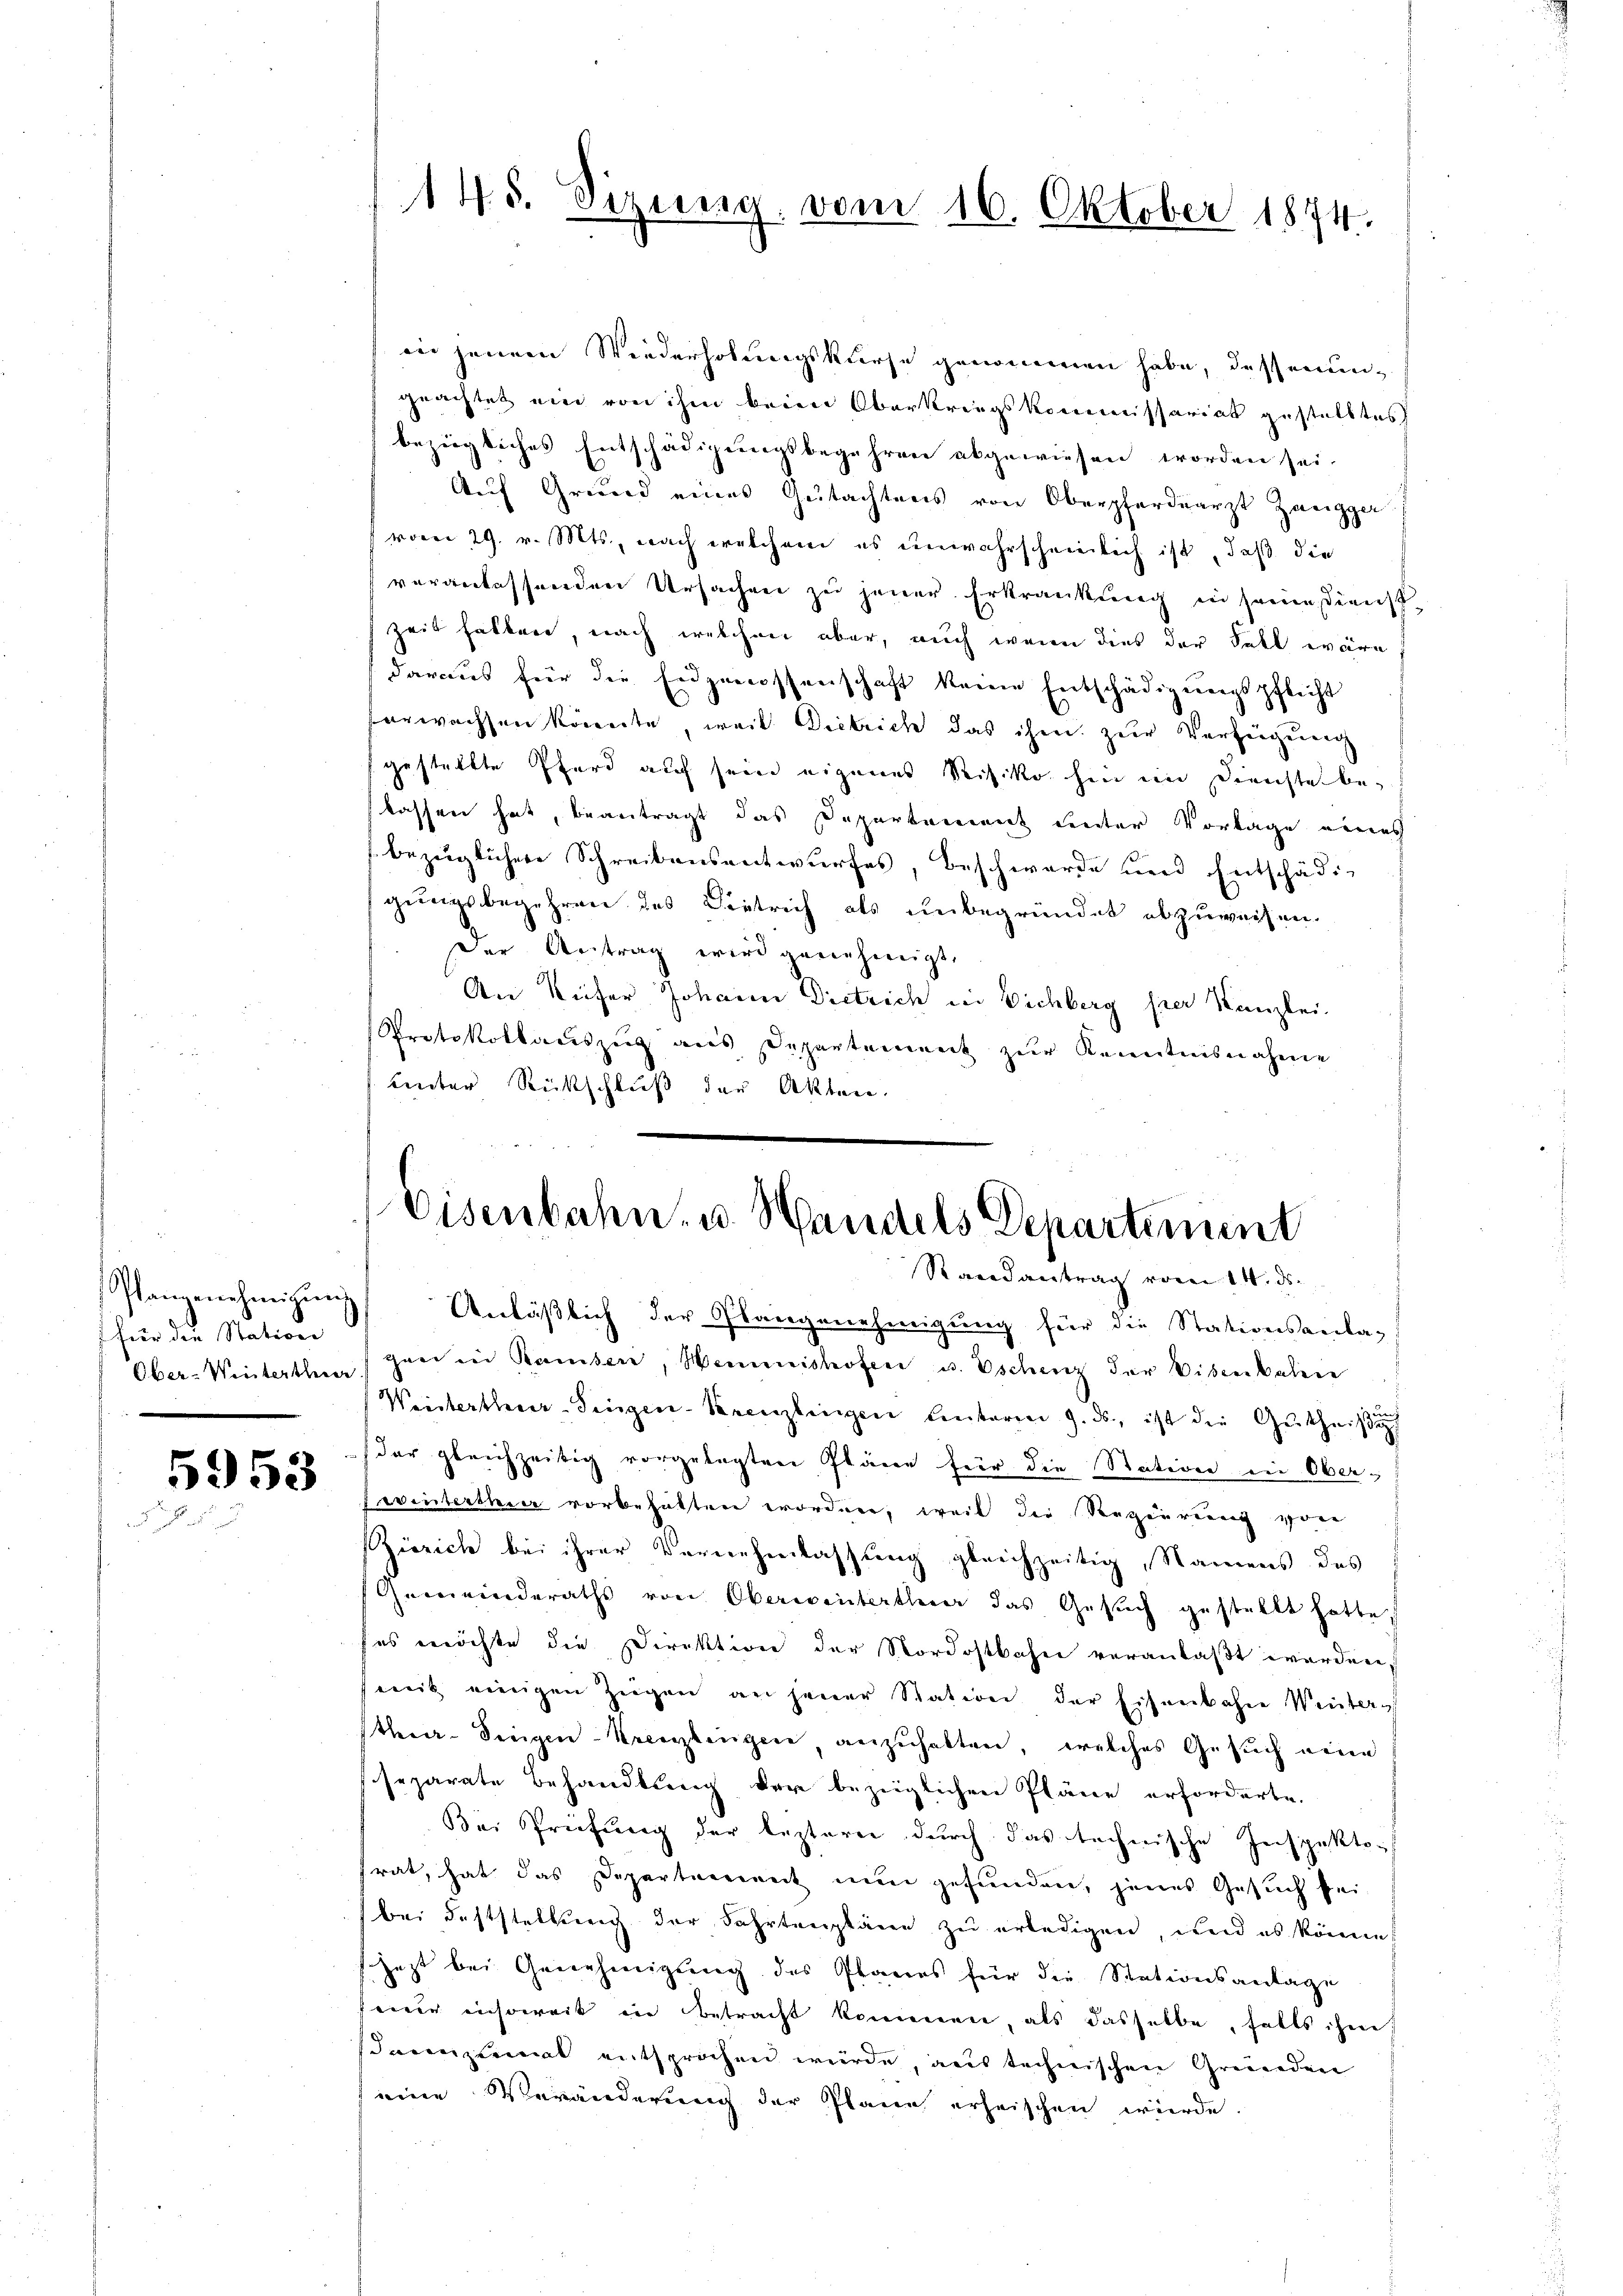
Plangenehmigŭng
) für die Station

5953

in jenem Wiederholungskurse genommen habe, dessenungeachtet ein von ihm beim Oberkriegskommissariat gestelltes
bezügliches Entschädigungsbegehren abgewiesen worden sei.
Auf Grund eines Gutachtens von Oberpferdearzt Zangger
vom 29. v. Mts., nach welchem es unwahrscheinlich ist, daß die
veranlassenden Ursachen zu jener Erkrankung in seine Dienst¬
Zeit hatten, nach welchen aber, auch wenn dies der Fall wäre
daraus für die Eidgenossenschaft keine Entschädigŭngspflicht
verwachsen könnte, weil Dietrich das ihm zur Verfügung
gestellte Pferd auf sein eigenes Risiko hin in Dienste be-
kassen hat, beantragt das Departement unter Vortage eines
bezüglichen Schreibensentwurfes, beschwerde und Entschädigungsbegehren des Dietrich als unbegründet abzuweisen.
Der Antrag wird genehmigt.
An Küfer Johann Dietrich in Vichberg per Kanzlei.
Protokollauszug aus Departement zur Kenntnisnahme
Lnter Rückschluß der Akten.

145. Sizung vom 16. Oktober 1894.

Eisenbahn- u. Handels Departement
Randantrag vom 14. ds.

Unläßlich der Plangenehmigung für die Stationsanta-
Ober-Winterthun han in Ramsen, Weishofen u. Eschenz der Eisenbaline
Weisterthur–Singen-Krenzlingen Unterm 9. ds., ist die Gutheiße
der gleichzeitig vorgelegten Pläne für die Station in Ober¬
Evinterthur vorbehalten erordnen, weil die Regierung vorr
Zinrich bei ihrer Vernehmlassung gleichzeitig, Namens des
Gemeinderaths von Oberwinterthur das Gesuch gestellt hatte,
ses möchte die Direktion der Nordostbahn veranlaßt werden,
mit einigen Zügen an jener Station der Eisenbahre Weiters
then-Siegen-Kreuzlingen, anzuhalten, welches Gesuch neue
separate Behandlung der bezüglichen Pläne erforderte.
Bei Prüfung der leztern durch das technische Inspektotrat, hat das Departement nun gefunden, jenes Gesuch bei-
bei Feststellung der Fahrtenpläne zu erledigen, und es könne,
sjezt bei Genehmigung des Planes für die Stationsantage
eine insoweit in Betracht kommen, als dasselbe, falls ihm
sdannzumal entsprochen würde, aus technischen Gründen
eine Veränderung der Plane erheischen würde.